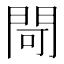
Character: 閜